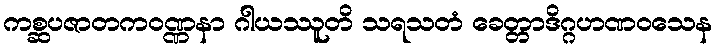
ကစ္ဆပဇာတကဝဏ္ဏနာ ဂါယဿူတိ သရသတံ ခေတ္တာဒိဂ္ဂဟဏဝသေန